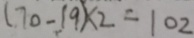
( 7 0 - 1 9 ) \times 2 = 1 0 2